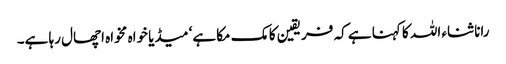
رانا ثناء اللہ کا کہنا ہے کہ فریقین کا مک مکا ہے‘ میڈیا خواہ مخواہ اچھال رہا ہے۔